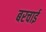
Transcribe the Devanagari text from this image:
बरचाई